Vaccination in the Punjab 1883-1896 - 1883-1896
Year: 1883
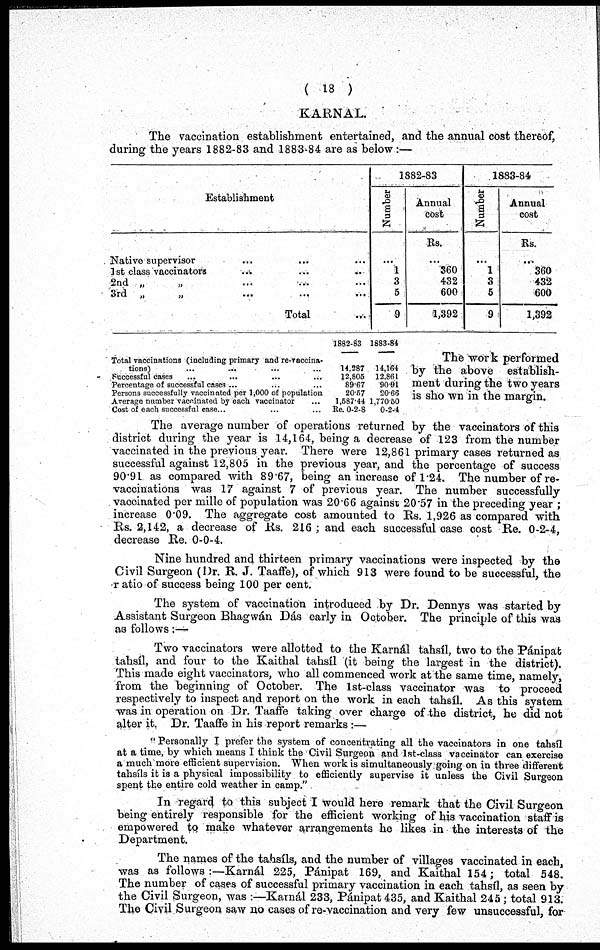
( 18 )
KARNAL.
The vaccination establishment entertained, and the annual cost thereof,
during the years 1882-83 and 1883-84 are as below:—
Establishment
Native supervisor ... ... ...
1st class vaccinators ... ... ...
2nd „ „ ... ... ...
3rd
„
„
...
...
...
Total ...
1882-83
Number
...
1
3
5
9
Annual
cost
Rs.
...
360
432
600
1,392
1883-84
Number
...
1
3
5
9
Annual
cost
Rs.
...
360
432
600
1,392
Total vaccinations (including primary and re-vaccina-
tions) ... ... ... ...
Successful cases ... ... ... ...
Percentage of successful cases ... ... ... ...
Persons successfully vaccinated per 1,000 of population
Average number vaccinated by each vaccinator ...
Cost of each successful case... ... ...
1882-83
14,287
12,805
89.67
20.57
1,587.44
Re. 0-2-8
1883-84
14,164
12.861
90.91
20.66
1,770.50
0-2-4
The work performed
by the above establish-
ment during the two years
is shown in the margin.
The average number of operations returned by the vaccinators of this
district during the year is 14,164, being a decrease of 123 from the number
vaccinated in the previous year. There were 12,861 primary cases returned as
successful against 12,805 in the previous year, and the percentage of success
90.91 as compared with 89.67, being an increase of 1.24. The number of re-
vaccinations was 17 against 7 of previous year. The number successfully
vaccinated per mille of population was 20.66 against 20.57 in the preceding year ;
increase 0.09. The aggregate cost amounted to Rs. 1,926 as compared with
Rs. 2,142, a decrease of Rs. 216 ; and each successful case cost Re. 0-2-4,
decrease Re. 0-0-4.
Nine hundred and thirteen primary vaccinations were inspected by the
Civil Surgeon (Dr. R. J. Taaffe), of which 913 were found to be successful, the
ratio of success being 100 per cent.
The system of vaccination introduced by Dr. Dennys was started by
Assistant Surgeon Bhagwán Dás early in October. The principle of this was
as follows;—
Two vaccinators were allotted to the Karnál tahsíl, two to the Pánipat
tahsíl, and four to the Kaithal tahsíl (it being the largest in the district).
This made eight vaccinators, who all commenced work at the same time, namely,
from the beginning of October. The 1st-class vaccinator was to proceed
respectively to inspect and report on the work in each tahsíl. As this system
was in operation on Dr. Taaffe taking over charge of the district, he did not
alter it. Dr. Taaffe in his report remarks :—
" Personally I prefer the system of concentrating all the vaccinators in one tahsíl
at a time, by which means I think the Civil Surgeon and 1st-class vaccinator can exercise
a much more efficient supervision. When work is simultaneously going on in three different
tahsíls it is a physical impossibility to efficiently supervise it unless the Civil Surgeon
spent the entire cold weather in camp."
In regard to this subject I would here remark that the Civil Surgeon
being entirely responsible for the efficient working of his vaccination staff is
empowered to make whatever arrangements he likes in the interests of the
Department.
The names of the tahsíls, and the number of villages vaccinated in each
was as follows :—Karnál 225, Pánipat 169, and Kaithal 154; total 548.
The number of cases of successful primary vaccination in each tahsíl, as seen by
the Civil Surgeon, was :—Karnál 233, Pánipat 435, and Kaithal 245; total 913.
The Civil Surgeon saw no cases of re-vaccination and very few unsuccessful, for